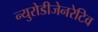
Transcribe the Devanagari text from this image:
न्युरोडीजेनरेटिव